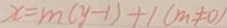
x = m ( y - 1 ) + 1 ( m \neq 0 )